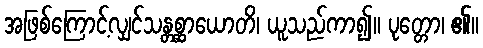
အဖြစ်ကြောင့်လျှင်သန္တစ္ဆာယောတိ၊ ယူသည်ကာ၍။ ပုတ္တော၊ ၏။